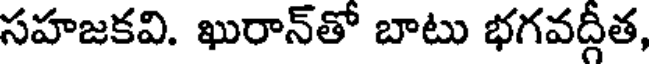
సహజకవి. ఖురాన్తో బాటు భగవద్గీత,